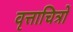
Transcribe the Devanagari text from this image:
वृत्ताचित्रों